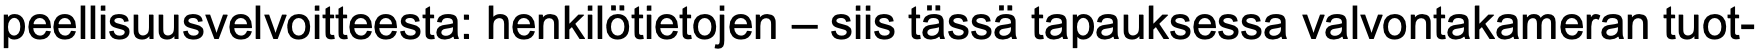
peellisuusvelvoitteesta: henkilötietojen – siis tässä tapauksessa valvontakameran tuot-